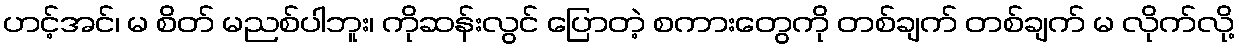
ဟင့်အင်၊ မ စိတ် မညစ်ပါဘူး၊ ကိုဆန်းလွင် ပြောတဲ့ စကားတွေကို တစ်ချက် တစ်ချက် မ လိုက်လို့